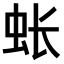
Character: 𫊪